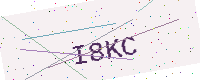
Text: I8KC